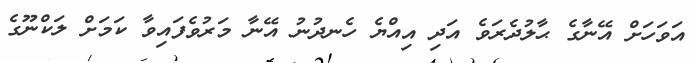
އަވަހަށް އޭނާގެ ޙާލުދެރަވެ އަދި އިއްޔެ ހެނދުނު އޭނާ މަރުވެފައިވާ ކަމަށް ލަކްނޫގެ